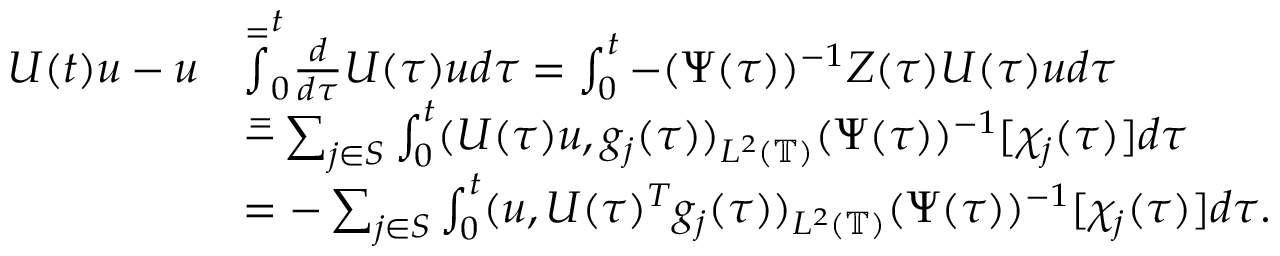
\begin{array} { r l } { U ( t ) u - u } & { \overset = \int _ { 0 } ^ { t } \frac { d } { d \tau } U ( \tau ) u d \tau = \int _ { 0 } ^ { t } - ( \Psi ( \tau ) ) ^ { - 1 } Z ( \tau ) U ( \tau ) u d \tau } \\ & { \overset = - \sum _ { j \in S } \int _ { 0 } ^ { t } ( U ( \tau ) u , g _ { j } ( \tau ) ) _ { L ^ { 2 } ( \mathbb { T } ) } ( \Psi ( \tau ) ) ^ { - 1 } [ \chi _ { j } ( \tau ) ] d \tau } \\ & { = - \sum _ { j \in S } \int _ { 0 } ^ { t } ( u , { U ( \tau ) ^ { T } g _ { j } ( \tau ) } ) _ { L ^ { 2 } ( \mathbb { T } ) } { ( \Psi ( \tau ) ) ^ { - 1 } [ \chi _ { j } ( \tau ) ] } d \tau . } \end{array}